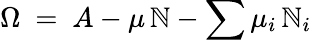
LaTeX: \Omega\ =\ A-\mu\, \mathbb{N}-\sum\mu_{i}\, \mathbb{N}_{i}